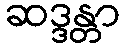
ဆဒ္ဒန္တာ